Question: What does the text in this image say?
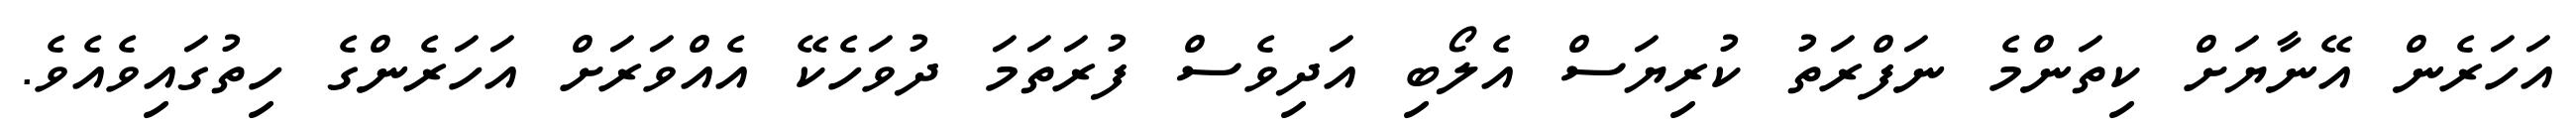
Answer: އަހަރެން އޭނާޔަށް ކިތަންމެ ނަފްރަތު ކުރިޔަސް އެލޯބި އަދިވެސް ފުރަތަމަ ދުވަހެކޭ އެއްވަރަށް އަހަރެންގެ ހިތުގައިވެއެވެ.